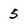
Character: 5